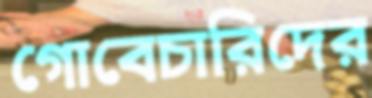
গোবেচারিদের